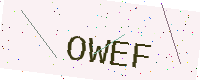
Text: OWEF